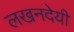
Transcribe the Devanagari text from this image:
लखनदेयी